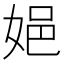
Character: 㛕